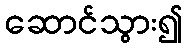
ဆောင်သွား၍